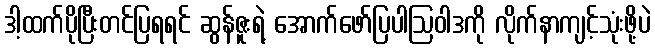
ဒါ့ထက်ပိုပြီးတင်ပြရရင် ဆွန်ဇူးရဲ့ အောက်ဖော်ပြပါဩဝါဒကို လိုက်နာကျင့်သုံးဖို့ပဲ